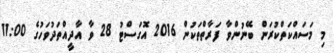
މި މަސައްކަތްކުރަން ބޭނުންވާ ފަރާތްތަކުން 2016 އޮގަސްޓު 28 ވާ އާދީއްތަދުވަހުގެ 11:00